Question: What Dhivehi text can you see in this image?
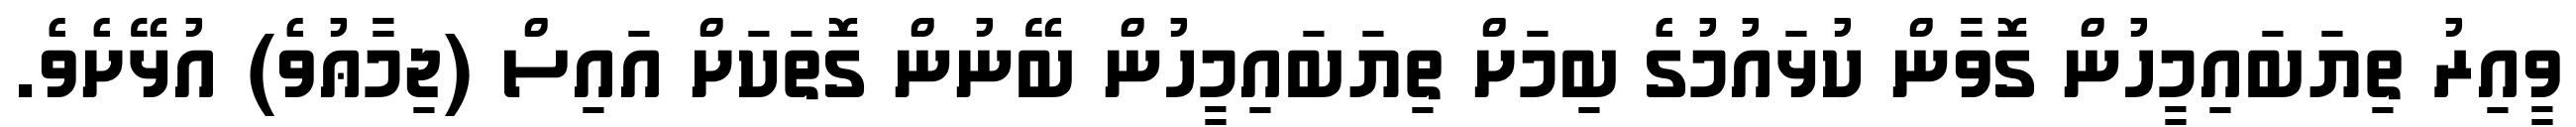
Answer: ވީއިރު ތިޔަބައިމީހުން ގޮވާން ކުޅައުމުގެ ބިމަށް ތިޔަބައިމީހުން ބޭނުން ގޮތަކަށް އައިސް (ޖިމާޢުވެ) އުޅޭށެވެ.